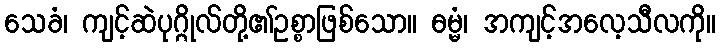
သေခံ၊ ကျင့်ဆဲပုဂ္ဂိုလ်တို့၏ဥစ္စာဖြစ်သော။ ဓမ္မံ၊ အကျင့်အလေ့သီလကို။